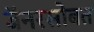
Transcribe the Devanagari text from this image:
बॅनरसोबत